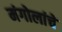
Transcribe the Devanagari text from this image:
मंगोलांचे